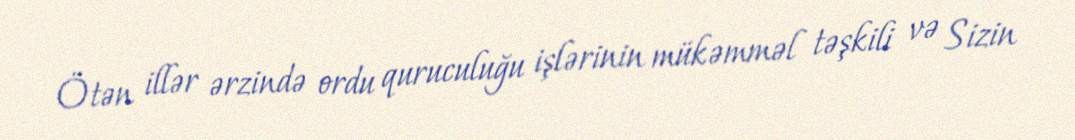
Ötən illər ərzində ordu quruculuğu işlərinin mükəmməl təşkili və Sizin